Treatise on elephants
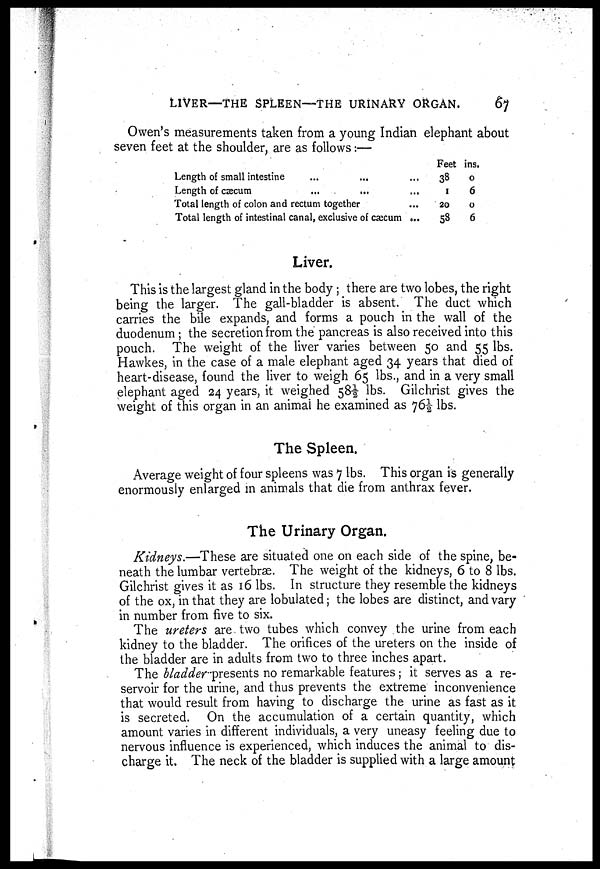
LIVER—THE SPLEEN—THE URINARY ORGAN.
67
Owen's measurements taken from a young Indian elephant about
seven feet at the shoulder, are as follows:—
Length of small intestine
Length of cæcum
Total length of colon and rectum together
Total length of intestinal canal, exclusive of cæcum
...
...
...
...
Feet
38
1
20
58
ins.
0
6
0
6
Liver.
This is the largest gland in the body; there are two lobes, the right
being the larger. The gall-bladder is absent. The duct which
carries the bile expands, and forms a pouch in the wall of the
duodenum; the secretion from the pancreas is also received into this
pouch. The weight of the liver varies between 50 and 55 lbs.
Hawkes, in the case of a male elephant aged 34 years that died of
heart-disease, found the liver to weigh 65 lbs., and in a very small
elephant aged 24 years, it weighed 58½ lbs. Gilchrist gives the
weight of this organ in an animal he examined as 76½ lbs.
The Spleen.
Average weight of four spleens was 7 lbs. This organ is generally
enormously enlarged in animals that die from anthrax fever.
The Urinary Organ.
Kidneys.—These are situated one on each side of the spine, be-
neath the lumbar vertebrae. The weight of the kidneys, 6 to 8 lbs.
Gilchrist gives it as 16 lbs. In structure they resemble the kidneys
of the ox, in that they are lobulated; the lobes are distinct, and vary
in number from five to six.
The ureters are two tubes which convey the urine from each
kidney to the bladder. The orifices of the ureters on the inside of
the bladder are in adults from two to three inches apart.
The bladder presents no remarkable features; it serves as a re-
servoir for the urine, and thus prevents the extreme inconvenience
that would result from having to discharge the urine as fast as it
is secreted. On the accumulation of a certain quantity, which
amount varies in different individuals, a very uneasy feeling due to
nervous influence is experienced, which induces the animal to dis-
charge it. The neck of the bladder is supplied with a large amount